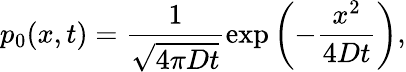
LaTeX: p_{0}(x,t)=\frac{1}{\sqrt{4\pi Dt}}\exp\left(-\frac{x^{2}}{4Dt}\right),